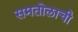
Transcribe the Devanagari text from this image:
समतोलाची